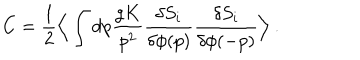
LaTeX: C = { \frac { 1 } { 2 } } \Big \langle \int \mathrm { d } p { \frac { g K } { p ^ { 2 } } } { \frac { \delta S _ { i } } { \delta \phi ( p ) } } { \frac { \delta S _ { i } } { \delta \phi ( - p ) } } \Big \rangle \ .